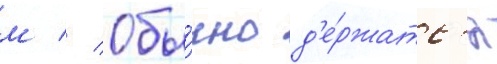
м // Обы́чно д'е́ржатс'я